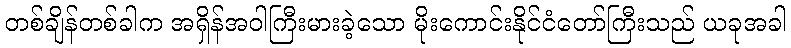
တစ်ချိန်တစ်ခါက အရှိန်အဝါကြီးမားခဲ့သော မိုးကောင်းနိုင်ငံတော်ကြီးသည် ယခုအခါ